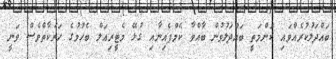
ބައްދަލުކުރެއްވައި ކަންމަތީ ބައްދަލުވުން ބާއްވާ ކެމްޕެއިނާއި ގުޅޭ މެޓީރިއަލް ބެހުމުގެ ހަރަކާތްވެސް ވަނީ